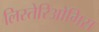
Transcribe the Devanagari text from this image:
लिस्तेरिओगिस